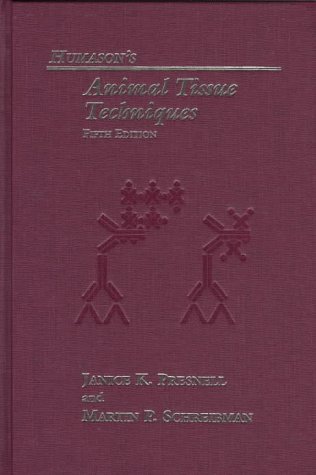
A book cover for Humason's Animal Tissue Techniques; Ms. Janice K. Presnell; Medical Books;